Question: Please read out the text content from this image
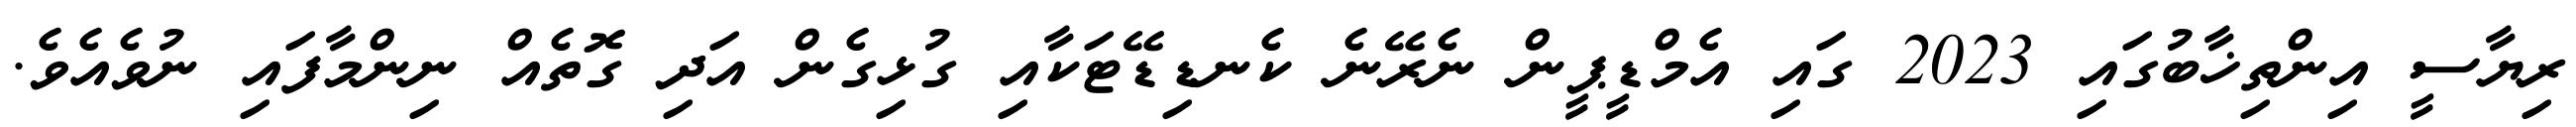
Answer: ރިޔާސީ އިންތިޚާބުގައި 2023 ގައި އެމްޑީޕީން ނެރޭނެ ކެނޑިޑޭޓަކާއި ގުޅިގެން އަދި ގޮތެއް ނިންމާފައި ނުވެއެވެ.